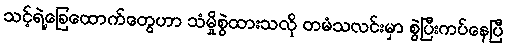
သင့်ရဲ့ခြေထောက်တွေဟာ သံမှိုစွဲထားသလို တမံသလင်းမှာ စွဲပြီးကပ်နေပြီ